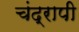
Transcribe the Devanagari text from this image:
चंद्रापी